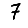
Digit: 7